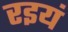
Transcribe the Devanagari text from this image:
रइयं